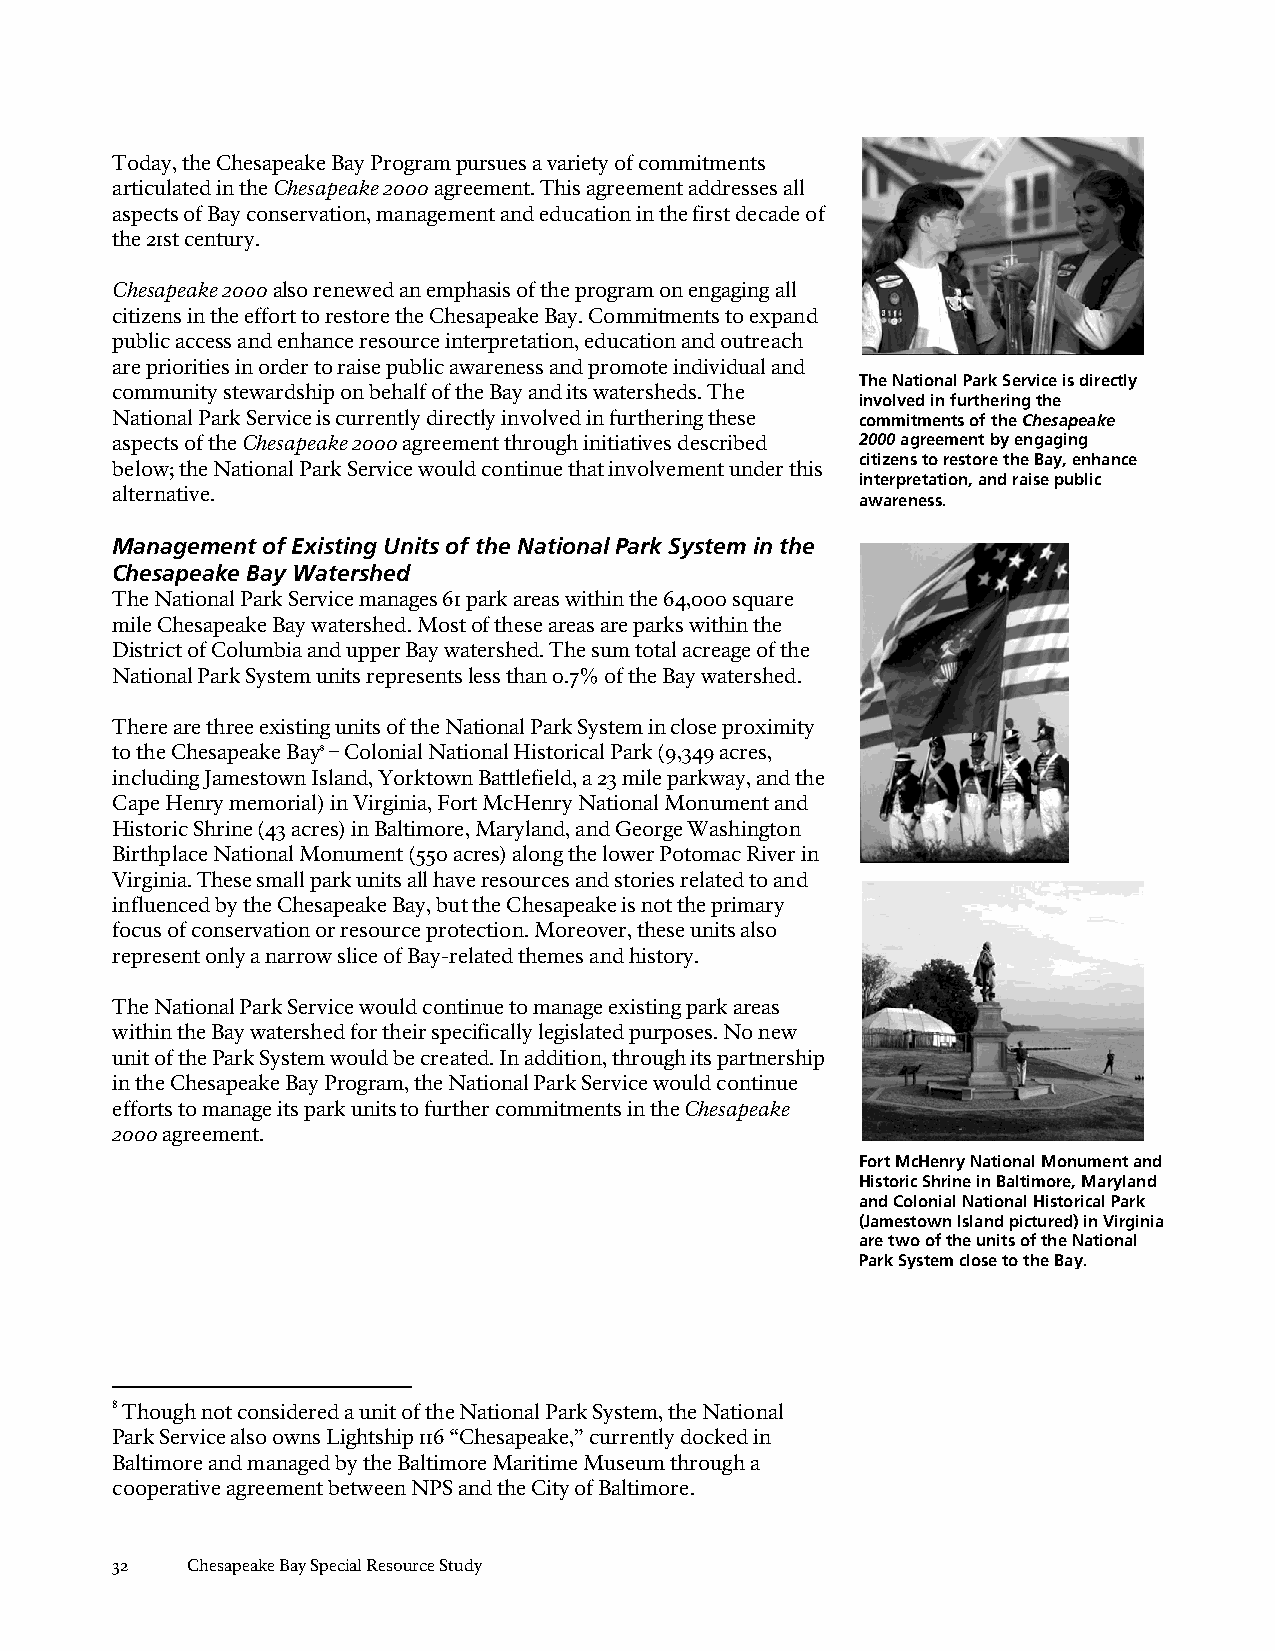
Today, the Chesapeake Bay Program pursues a variety of commitments
 articulated in the Chesapeake 2000 agreement. This agreement addresses all
 aspects of Bay conservation, management and education in the first decade of
 the 21st century.
 Chesapeake 2000 also renewed an emphasis of the program on engaging all
 citizens in the effort to restore the Chesapeake Bay. Commitments to expand
 public access and enhance resource interpretation, education and outreach
 are priorities in order to raise public awareness and promote individual and
 The National Park Service is directly
 community stewardship on behalf of the Bay and its watersheds. The
 involved in furthering the
 National Park Service is currently directly involved in furthering these commitments of the Chesapeake
 aspects of the Chesapeake 2000 agreement through initiatives described 2000 agreement by engaging
 citizens to restore the Bay, enhance
 below; the National Park Service would continue that involvement under this
 interpretation, and raise public
 alternative.
 awareness.
 Management of Existing Units of the National Park System in the
 Chesapeake Bay Watershed
 The National Park Service manages 61 park areas within the 64,000 square
 mile Chesapeake Bay watershed. Most of these areas are parks within the
 District of Columbia and upper Bay watershed. The sum total acreage of the
 National Park System units represents less than 0.7% of the Bay watershed.
 There are three existing units of the National Park System in close proximity
 to the Chesapeake Bay8 – Colonial National Historical Park (9,349 acres,
 including Jamestown Island, Yorktown Battlefield, a 23 mile parkway, and the
 Cape Henry memorial) in Virginia, Fort McHenry National Monument and
 Historic Shrine (43 acres) in Baltimore, Maryland, and George Washington
 Birthplace National Monument (550 acres) along the lower Potomac River in
 Virginia. These small park units all have resources and stories related to and
 influenced by the Chesapeake Bay, but the Chesapeake is not the primary
 focus of conservation or resource protection. Moreover, these units also
 represent only a narrow slice of Bay-related themes and history.
 The National Park Service would continue to manage existing park areas
 within the Bay watershed for their specifically legislated purposes. No new
 unit of the Park System would be created. In addition, through its partnership
 in the Chesapeake Bay Program, the National Park Service would continue
 efforts to manage its park units to further commitments in the Chesapeake
 2000 agreement.
 Fort McHenry National Monument and
 Historic Shrine in Baltimore, Maryland
 and Colonial National Historical Park
 (Jamestown Island pictured) in Virginia
 are two of the units of the National
 Park System close to the Bay.
 8 Though not considered a unit of the National Park System, the National
 Park Service also owns Lightship 116 “Chesapeake,” currently docked in
 Baltimore and managed by the Baltimore Maritime Museum through a
 cooperative agreement between NPS and the City of Baltimore.
 32   Chesapeake Bay Special Resource Study